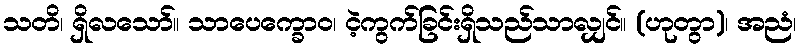
သတိ၊ ရှိလသော်။ သာပေက္ခောဝ၊ ငဲ့ကွက်ခြင်းရှိသည်သာလျှင်။ (ဟုတွာ)၊ အညံ၊